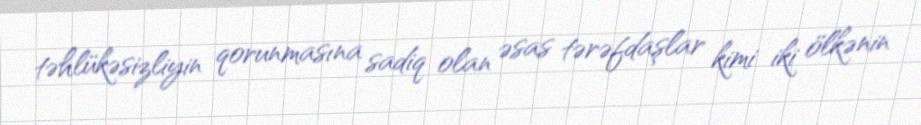
təhlükəsizliyin qorunmasına sadiq olan əsas tərəfdaşlar kimi iki ölkənin